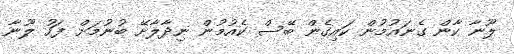
ލޫނާ ކާން ގެނައުމުން ކައިގެން ބޭސް ކެއުމުން ނިދާލާށޭ ބުނުމަށް ފަހު ލޫނާ